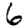
Digit: 6